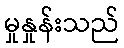
မှုနှုန်းသည်